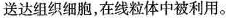
送达组织细胞，在线粒体中被利用。